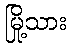
မြို့သား